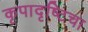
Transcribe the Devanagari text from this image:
कृपादृष्टिचा